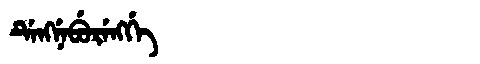
Manchu: ᡩᡝᠩᠨᡝᠪᡠᡵᡝᠩᡤᡝ
Romanization: DENGNEBURENGGE